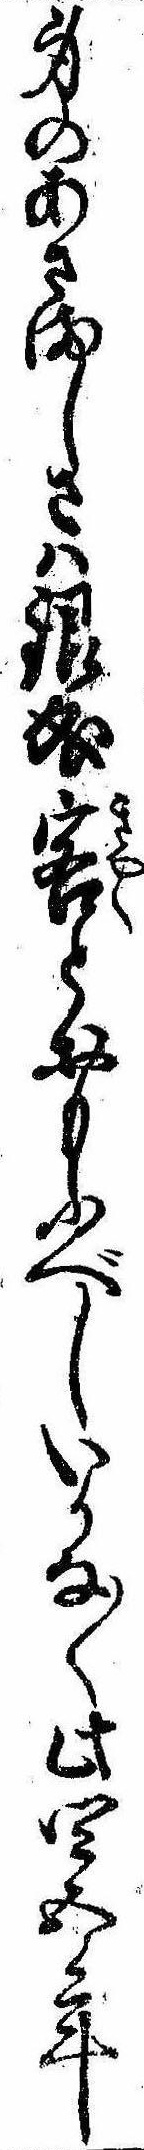
身のあさましさは銀成客とおもふべしいかな〱此四五年